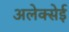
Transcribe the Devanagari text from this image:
अलेक्सेई